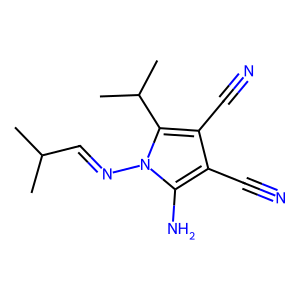
SMILES: CC(C)C=Nn1c(N)c(C#N)c(C#N)c1C(C)C
Inhibits HIV replication: No